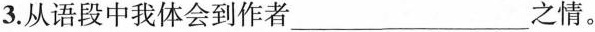
3.从语段中我体会到作者___之情。